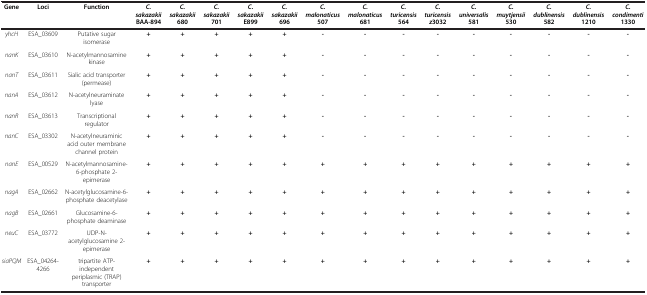
<table><thead><tr><td><b>Gene</b></td><td><b>Loci</b></td><td><b>Function</b></td><td><b><i>C. sakazakii </i>BAA-894</b></td><td><b><i>C. sakazakii </i>680</b></td><td><b><i>C. sakazakii </i>701</b></td><td><b><i>C. sakazakii </i>E899</b></td><td><b><i>C. sakazakii </i>696</b></td><td><b><i>C. malonaticus </i>507</b></td><td><b><i>C. malonaticus </i>681</b></td><td><b><i>C. turicensis </i>564</b></td><td><b><i>C. turicensis z</i>3032</b></td><td><b><i>C. universalis </i>581</b></td><td><b><i>C. muytjensii </i>530</b></td><td><b><i>C. dublinensis </i>582</b></td><td><b><i>C. dublinensis </i>1210</b></td><td><b><i>C. condimenti </i>1330</b></td></tr></thead><tbody><tr><td><i>yhcH</i></td><td>ESA_03609</td><td>Putative sugar isomerase</td><td><b>+</b></td><td><b>+</b></td><td><b>+</b></td><td><b>+</b></td><td><b>+</b></td><td><b>-</b></td><td><b>-</b></td><td><b>-</b></td><td><b>-</b></td><td><b>-</b></td><td><b>-</b></td><td><b>-</b></td><td><b>-</b></td><td><b>-</b></td></tr><tr><td><i>nanK</i></td><td>ESA_03610</td><td>N-acetylmannosamine kinase</td><td><b>+</b></td><td><b>+</b></td><td><b>+</b></td><td><b>+</b></td><td><b>+</b></td><td><b>-</b></td><td><b>-</b></td><td><b>-</b></td><td><b>-</b></td><td><b>-</b></td><td><b>-</b></td><td><b>-</b></td><td><b>-</b></td><td><b>-</b></td></tr><tr><td><i>nanT</i></td><td>ESA_03611</td><td>Sialic acid transporter (permease)</td><td><b>+</b></td><td><b>+</b></td><td><b>+</b></td><td><b>+</b></td><td><b>+</b></td><td><b>-</b></td><td><b>-</b></td><td><b>-</b></td><td><b>-</b></td><td><b>-</b></td><td><b>-</b></td><td><b>-</b></td><td><b>-</b></td><td><b>-</b></td></tr><tr><td><i>nanA</i></td><td>ESA_03612</td><td>N-acetylneuraminate lyase</td><td><b>+</b></td><td><b>+</b></td><td><b>+</b></td><td><b>+</b></td><td><b>+</b></td><td><b>-</b></td><td><b>-</b></td><td><b>-</b></td><td><b>-</b></td><td><b>-</b></td><td><b>-</b></td><td><b>-</b></td><td><b>-</b></td><td><b>-</b></td></tr><tr><td><i>nanR</i></td><td>ESA_03613</td><td>Transcriptional regulator</td><td><b>+</b></td><td><b>+</b></td><td><b>+</b></td><td><b>+</b></td><td><b>+</b></td><td><b>-</b></td><td><b>-</b></td><td><b>-</b></td><td><b>-</b></td><td><b>-</b></td><td><b>-</b></td><td><b>-</b></td><td><b>-</b></td><td><b>-</b></td></tr><tr><td><i>nanC</i></td><td>ESA_03302</td><td>N-acetylneuraminic acid outer membrane channel protein</td><td><b>+</b></td><td><b>+</b></td><td><b>+</b></td><td><b>+</b></td><td><b>+</b></td><td><b>-</b></td><td><b>-</b></td><td><b>-</b></td><td><b>-</b></td><td><b>-</b></td><td><b>-</b></td><td><b>-</b></td><td><b>-</b></td><td><b>-</b></td></tr><tr><td><i>nanE</i></td><td>ESA_00529</td><td>N-acetylmannosamine-6-phosphate 2-epimerase</td><td><b>+</b></td><td><b>+</b></td><td><b>+</b></td><td><b>+</b></td><td><b>+</b></td><td><b>+</b></td><td><b>+</b></td><td><b>+</b></td><td><b>+</b></td><td><b>+</b></td><td><b>+</b></td><td><b>+</b></td><td><b>+</b></td><td><b>+</b></td></tr><tr><td><i>nagA</i></td><td>ESA_02662</td><td>N-acetylglucosamine-6-phosphate deacetylase</td><td><b>+</b></td><td><b>+</b></td><td><b>+</b></td><td><b>+</b></td><td><b>+</b></td><td><b>+</b></td><td><b>+</b></td><td><b>+</b></td><td><b>+</b></td><td><b>+</b></td><td><b>+</b></td><td><b>+</b></td><td><b>+</b></td><td><b>+</b></td></tr><tr><td><i>nagB</i></td><td>ESA_02661</td><td>Glucosamine-6-phosphate deaminase</td><td><b>+</b></td><td><b>+</b></td><td><b>+</b></td><td><b>+</b></td><td><b>+</b></td><td><b>+</b></td><td><b>+</b></td><td><b>+</b></td><td><b>+</b></td><td><b>+</b></td><td><b>+</b></td><td><b>+</b></td><td><b>+</b></td><td><b>+</b></td></tr><tr><td><i>neuC</i></td><td>ESA_03772</td><td>UDP-N-acetylglucosamine 2-epimerase</td><td><b>+</b></td><td><b>+</b></td><td><b>+</b></td><td><b>+</b></td><td><b>+</b></td><td><b>+</b></td><td><b>+</b></td><td><b>+</b></td><td><b>+</b></td><td><b>+</b></td><td><b>+</b></td><td><b>+</b></td><td><b>+</b></td><td><b>+</b></td></tr><tr><td><i>siaPQM</i></td><td>ESA_04264-4266</td><td>tripartite ATP-independent periplasmic (TRAP) transporter</td><td><b>+</b></td><td><b>+</b></td><td><b>+</b></td><td><b>+</b></td><td><b>+</b></td><td><b>+</b></td><td><b>+</b></td><td><b>+</b></td><td><b>+</b></td><td><b>+</b></td><td><b>+</b></td><td><b>+</b></td><td><b>+</b></td><td><b>+</b></td></tr></tbody></table>